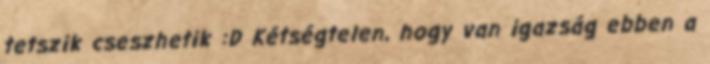
tetszik cseszhetik :D Kétségtelen, hogy van igazság ebben a